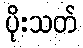
ပိုးသတ်